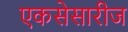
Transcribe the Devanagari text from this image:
एकसेसारीज